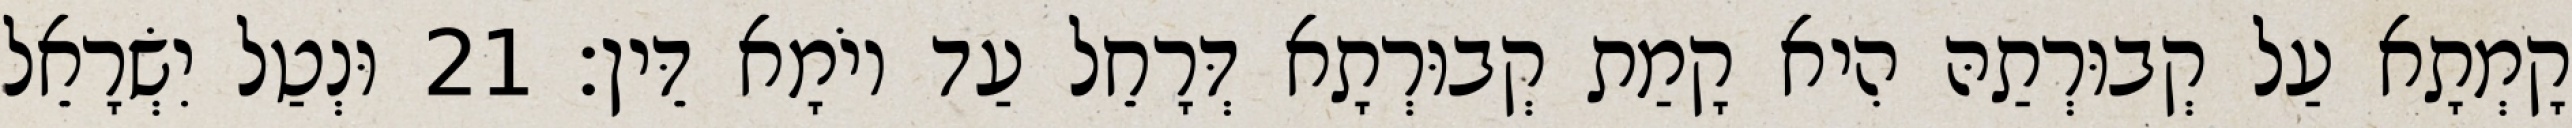
קָמְתָא עַל קְבוּרְתַהּ הִיא קָמַת קְבוּרְתָא דְּרָחֵל עַד יוֹמָא דֵּין׃ 21 וּנְטַל יִשְׂרָאֵל